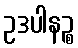
ဥဒပါနဉ္စ